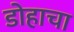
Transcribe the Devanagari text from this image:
डोहाचा